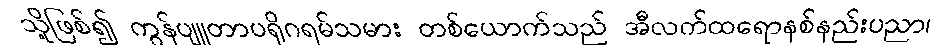
သို့ဖြစ်၍ ကွန်ပျူတာပရိုဂရမ်သမား တစ်ယောက်သည် အီလက်ထရောနစ်နည်းပညာ၊